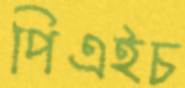
পিএইচ